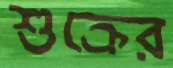
শুক্রের